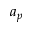
a _ { p }